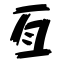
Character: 亙